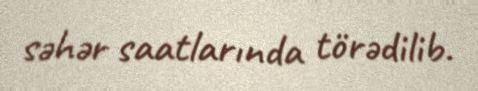
səhər saatlarında törədilib.